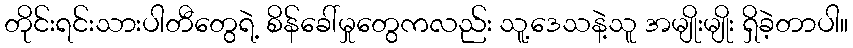
တိုင်းရင်းသားပါတီတွေရဲ့ စိန်ခေါ်မှုတွေကလည်း သူ့ဒေသနဲ့သူ အမျိုးမျိုး ရှိခဲ့တာပါ။